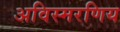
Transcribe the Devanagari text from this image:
अविस्मरणिय